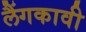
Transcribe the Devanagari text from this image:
लैंगकावी